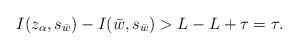
LaTeX: \begin{gather*}I(z_\alpha, s_{\bar w})- I(\bar w, s_{\bar w}) >L - L + \tau = \tau.\end{gather*}